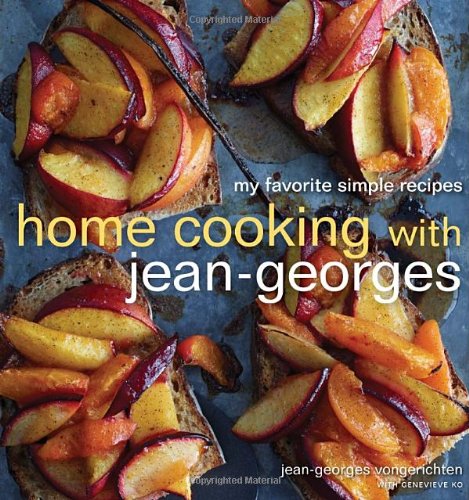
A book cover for Home Cooking with Jean-Georges: My Favorite Simple Recipes; Jean-Georges Vongerichten; Cookbooks, Food & Wine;